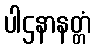
ပါဌနာနတ္တံ